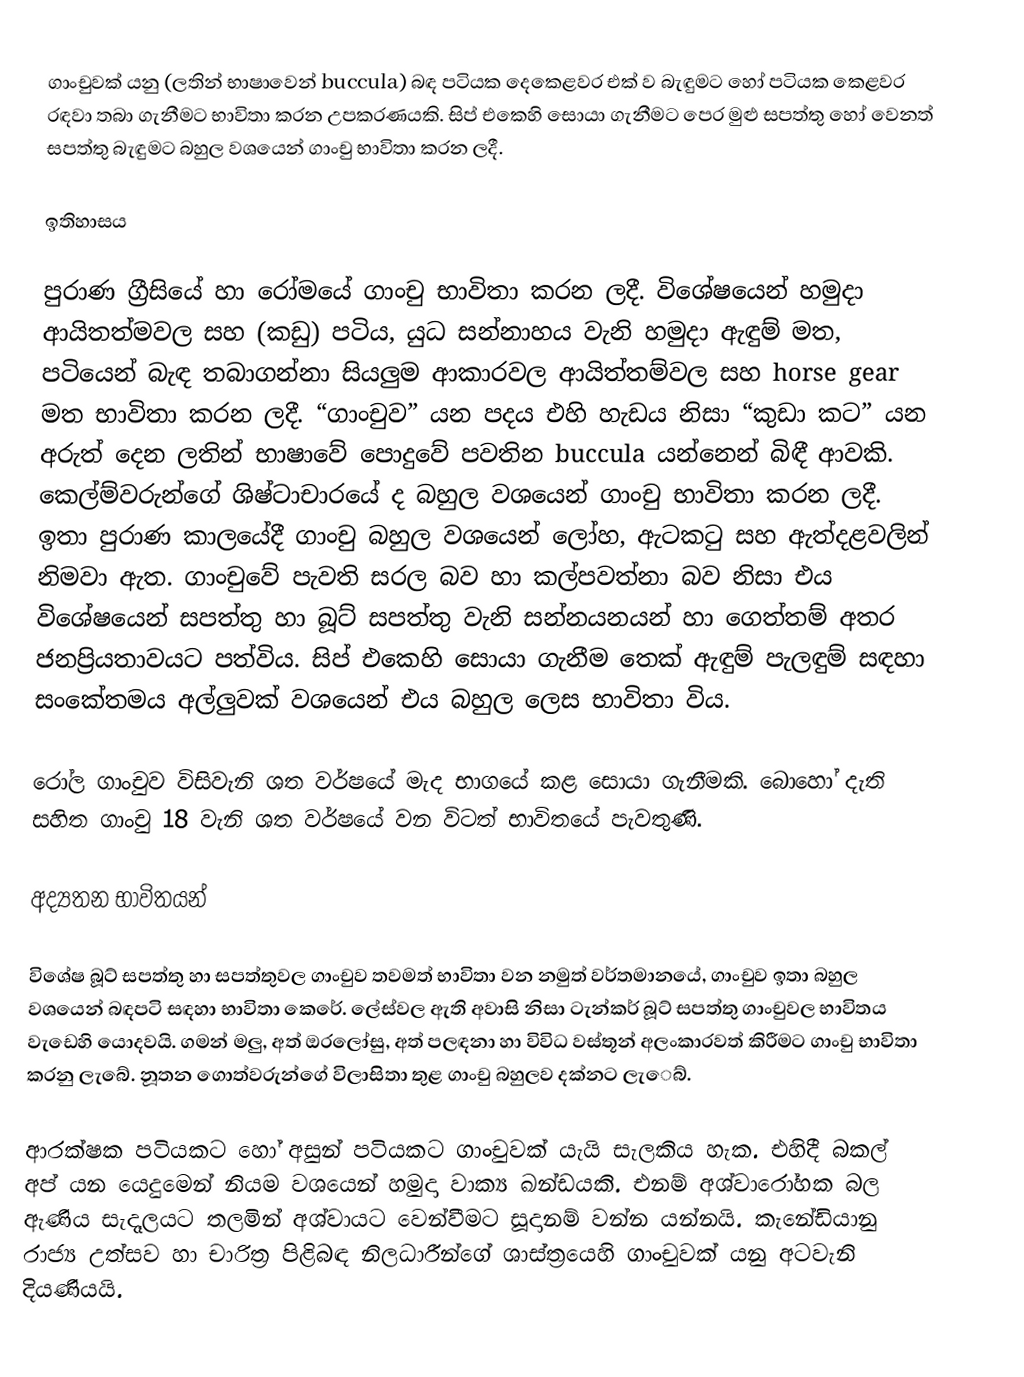
ගාංචුවක් යනු (ලතින් භාෂාවෙන් buccula) බඳ පටියක දෙකෙළවර එක් ව බැඳුමට හෝ පටියක කෙළවර රඳවා තබා ගැනීමට භාවිතා කරන උපකරණයකි. සිප් එකෙහි සොයා ගැනීමට පෙර මුළු සපත්තු හෝ වෙනත් සපත්තු බැඳුමට බහුල වශයෙන් ගාංචු භාවිතා කරන ලදී.

ඉතිහාසය

පුරාණ ග්‍රීසියේ හා රෝමයේ ගාංචු භාවිතා කරන ලදී. විශේෂයෙන් හමුදා ආයිතත්මවල සහ (කඩු) පටිය, යුධ සන්නාහය වැනි හමුදා ඇඳුම් මත, පටියෙන් බැඳ තබාගන්නා සියලුම ආකාරවල ආයිත්තම්වල සහ horse gear මත භාවිතා කරන ලදී. “ගාංචුව” යන පදය එහි හැඩය නිසා     “කුඩා කට” යන අරුත් දෙන ලතින් භාෂාවේ පොදුවේ පවතින buccula යන්නෙන් බිඳී ආවකි. කෙල්ම්වරුන්ගේ ශිෂ්ටාචාරයේ ද බහුල වශයෙන් ගාංචු භාවිතා කරන ලදී. ඉතා පුරාණ කාලයේදී ගාංචු බහුල වශයෙන් ලෝහ, ඇටකටු සහ ඇත්දළවලින් නිමවා ඇත. ගාංචුවේ පැවති සරල බව හා කල්පවත්නා බව නිසා එය විශේෂයෙන් සපත්තු හා බූට් සපත්තු වැනි සන්නයනයන් හා ගෙත්තම් අතර ජනප්‍රියතාවයට පත්විය. සිප් එකෙහි සොයා ගැනීම තෙක් ඇඳුම් පැලඳුම් සඳහා සංකේතමය අල්ලුවක් වශයෙන් එය බහුල ලෙස භාවිතා විය.

රෝල ගාංචුව විසිවැනි ශත වර්ෂයේ මැද භාගයේ කළ සොයා ගැනීමකි. බොහෝ දැති සහිත ගාංචු 18 වැනි ශත වර්ෂයේ වන විටත් භාවිතයේ පැවතුණි.

අද්‍යතන භාවිතයන්

විශේෂ බූට් සපත්තු හා සපත්තුවල ගාංචුව තවමත් භාවිතා වන නමුත් වර්තමානයේ, ගාංචුව ඉතා බහුල වශයෙන් බඳපටි සඳහා භාවිතා කෙරේ. ලේස්වල ඇති අවාසි නිසා ටැන්කර් බූට් සපත්තු ගාංචුවල භාවිතය වැඩෙහි යොදවයි. ගමන් මලු, අත් ඔරලෝසු, අත් පලඳනා හා විවිධ වස්තූන් අලංකාරවත් කිරීමට ගාංචු භාවිතා කරනු ලැබේ. නූතන ගොත්වරුන්ගේ විලාසිතා තුළ ගාංචු බහුලව දක්නට ලැ‍ෙබ්.

ආරක්ෂක පටියකට හෝ අසුන් පටියකට ගාංචුවක් යැයි සැලකිය හැක. එහිදී බකල් අප් යන යෙදුමෙන් නියම වශයෙන් හමුදා වාක්‍ය ඛන්ඩයකි. එනම් අශ්වාරෝහක බල ඇණිය සැදෑලයට තලමින් අශ්වායට වෙන්වීමට සූදානම් වන්න යන්නයි. කැනේඩියානු රාජ්‍ය උත්සව හා චාරිත්‍ර පිළිබඳ නිලධාරීන්ගේ ශාස්ත්‍රයෙහි ගාංචුවක් යනු අටවැනි දියණියයි.